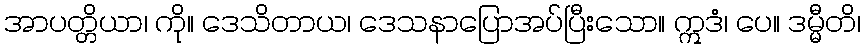
အာပတ္တိယာ၊ ကို။ ဒေသိတာယ၊ ဒေသနာပြောအပ်ပြီးသော။ ဣဒံ၊ ပေ။ ဒမ္မီတိ၊